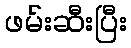
ဖမ်းဆီးပြီး